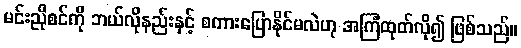
မင်းညိုစင်ကို ဘယ်လိုနည်းနှင့် စကားပြောနိုင်မလဲဟု အကြံထုတ်လို၍ ဖြစ်သည်။